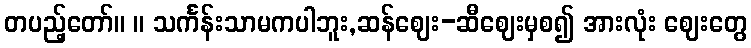
တပည့်တော်။ ။ သင်္ကန်းသာမကပါဘူး,ဆန်ဈေး-ဆီဈေးမှစ၍ အားလုံး ဈေးတွေ